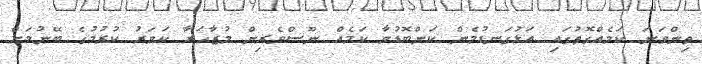
ތިންވަނަ ކަމެއްގޮތުގައި އަޅުގަނޑުމެން ކަންބޮޑުވާ ކަމެއް ނޫސްވެރިން މުޒާހަރާ ކަވަރު ކުރުމުގެ ބޭނުމަށް